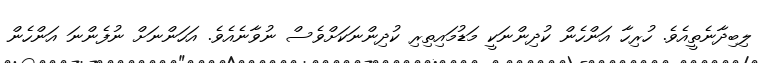
ލިބިދާނެތީއެވެ. ހުރިހާ އަންހެން ކުދިންނަކީ މަޑުމައިތިރި ކުދިންނަކަށްވެސް ނުވާނެއެވެ. އަހަންނަށް ނުފެންނަ އަންހެން